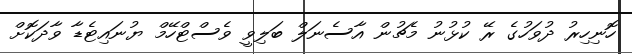
ހޮނިހިރު ދުވަހުގެ ރޭ ކުޅުނު މެޗުން އާސެނަލް ބަލިވީ ވެސްޓްހޭމް ޔުނައިޓެޑާ ވާދަކޮށް